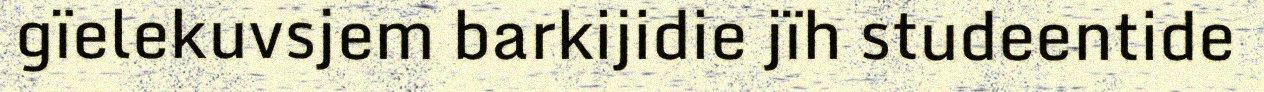
gïelekuvsjem barkijidie jïh studeentide